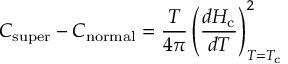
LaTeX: C _ { \mathrm { s u p e r } } - C _ { \mathrm { n o r m a l } } = { \frac { T } { 4 \pi } } \left( { \frac { d H _ { \mathrm { c } } } { d T } } \right) _ { T = T _ { \mathrm { c } } } ^ { 2 }